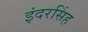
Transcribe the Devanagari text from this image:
इंदरसिंह